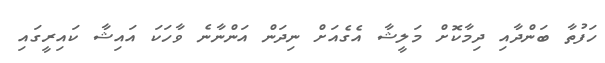
ހަފުތާ ބަންދާއި ދިމާކޮށް މަލީޝާ އެގެއަށް ނިދަން އަންނާނެ ވާހަކަ އައިޝާ ކައިރީގައި